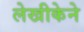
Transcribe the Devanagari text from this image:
लेखीकेने